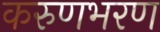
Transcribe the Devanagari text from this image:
करुणभरण